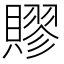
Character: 賿